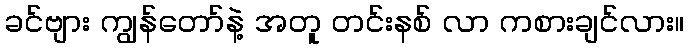
ခင်ဗျား ကျွန်တော်နဲ့ အတူ တင်းနစ် လာ ကစားချင်လား။